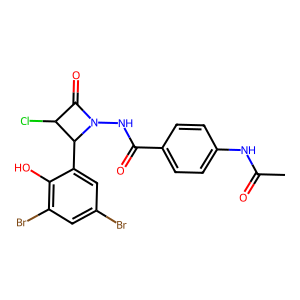
SMILES: CC(=O)Nc1ccc(C(=O)NN2C(=O)C(Cl)C2c2cc(Br)cc(Br)c2O)cc1
Inhibits HIV replication: No